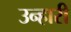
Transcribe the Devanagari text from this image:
उन्हारी